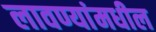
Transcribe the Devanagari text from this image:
लावण्यांमधील